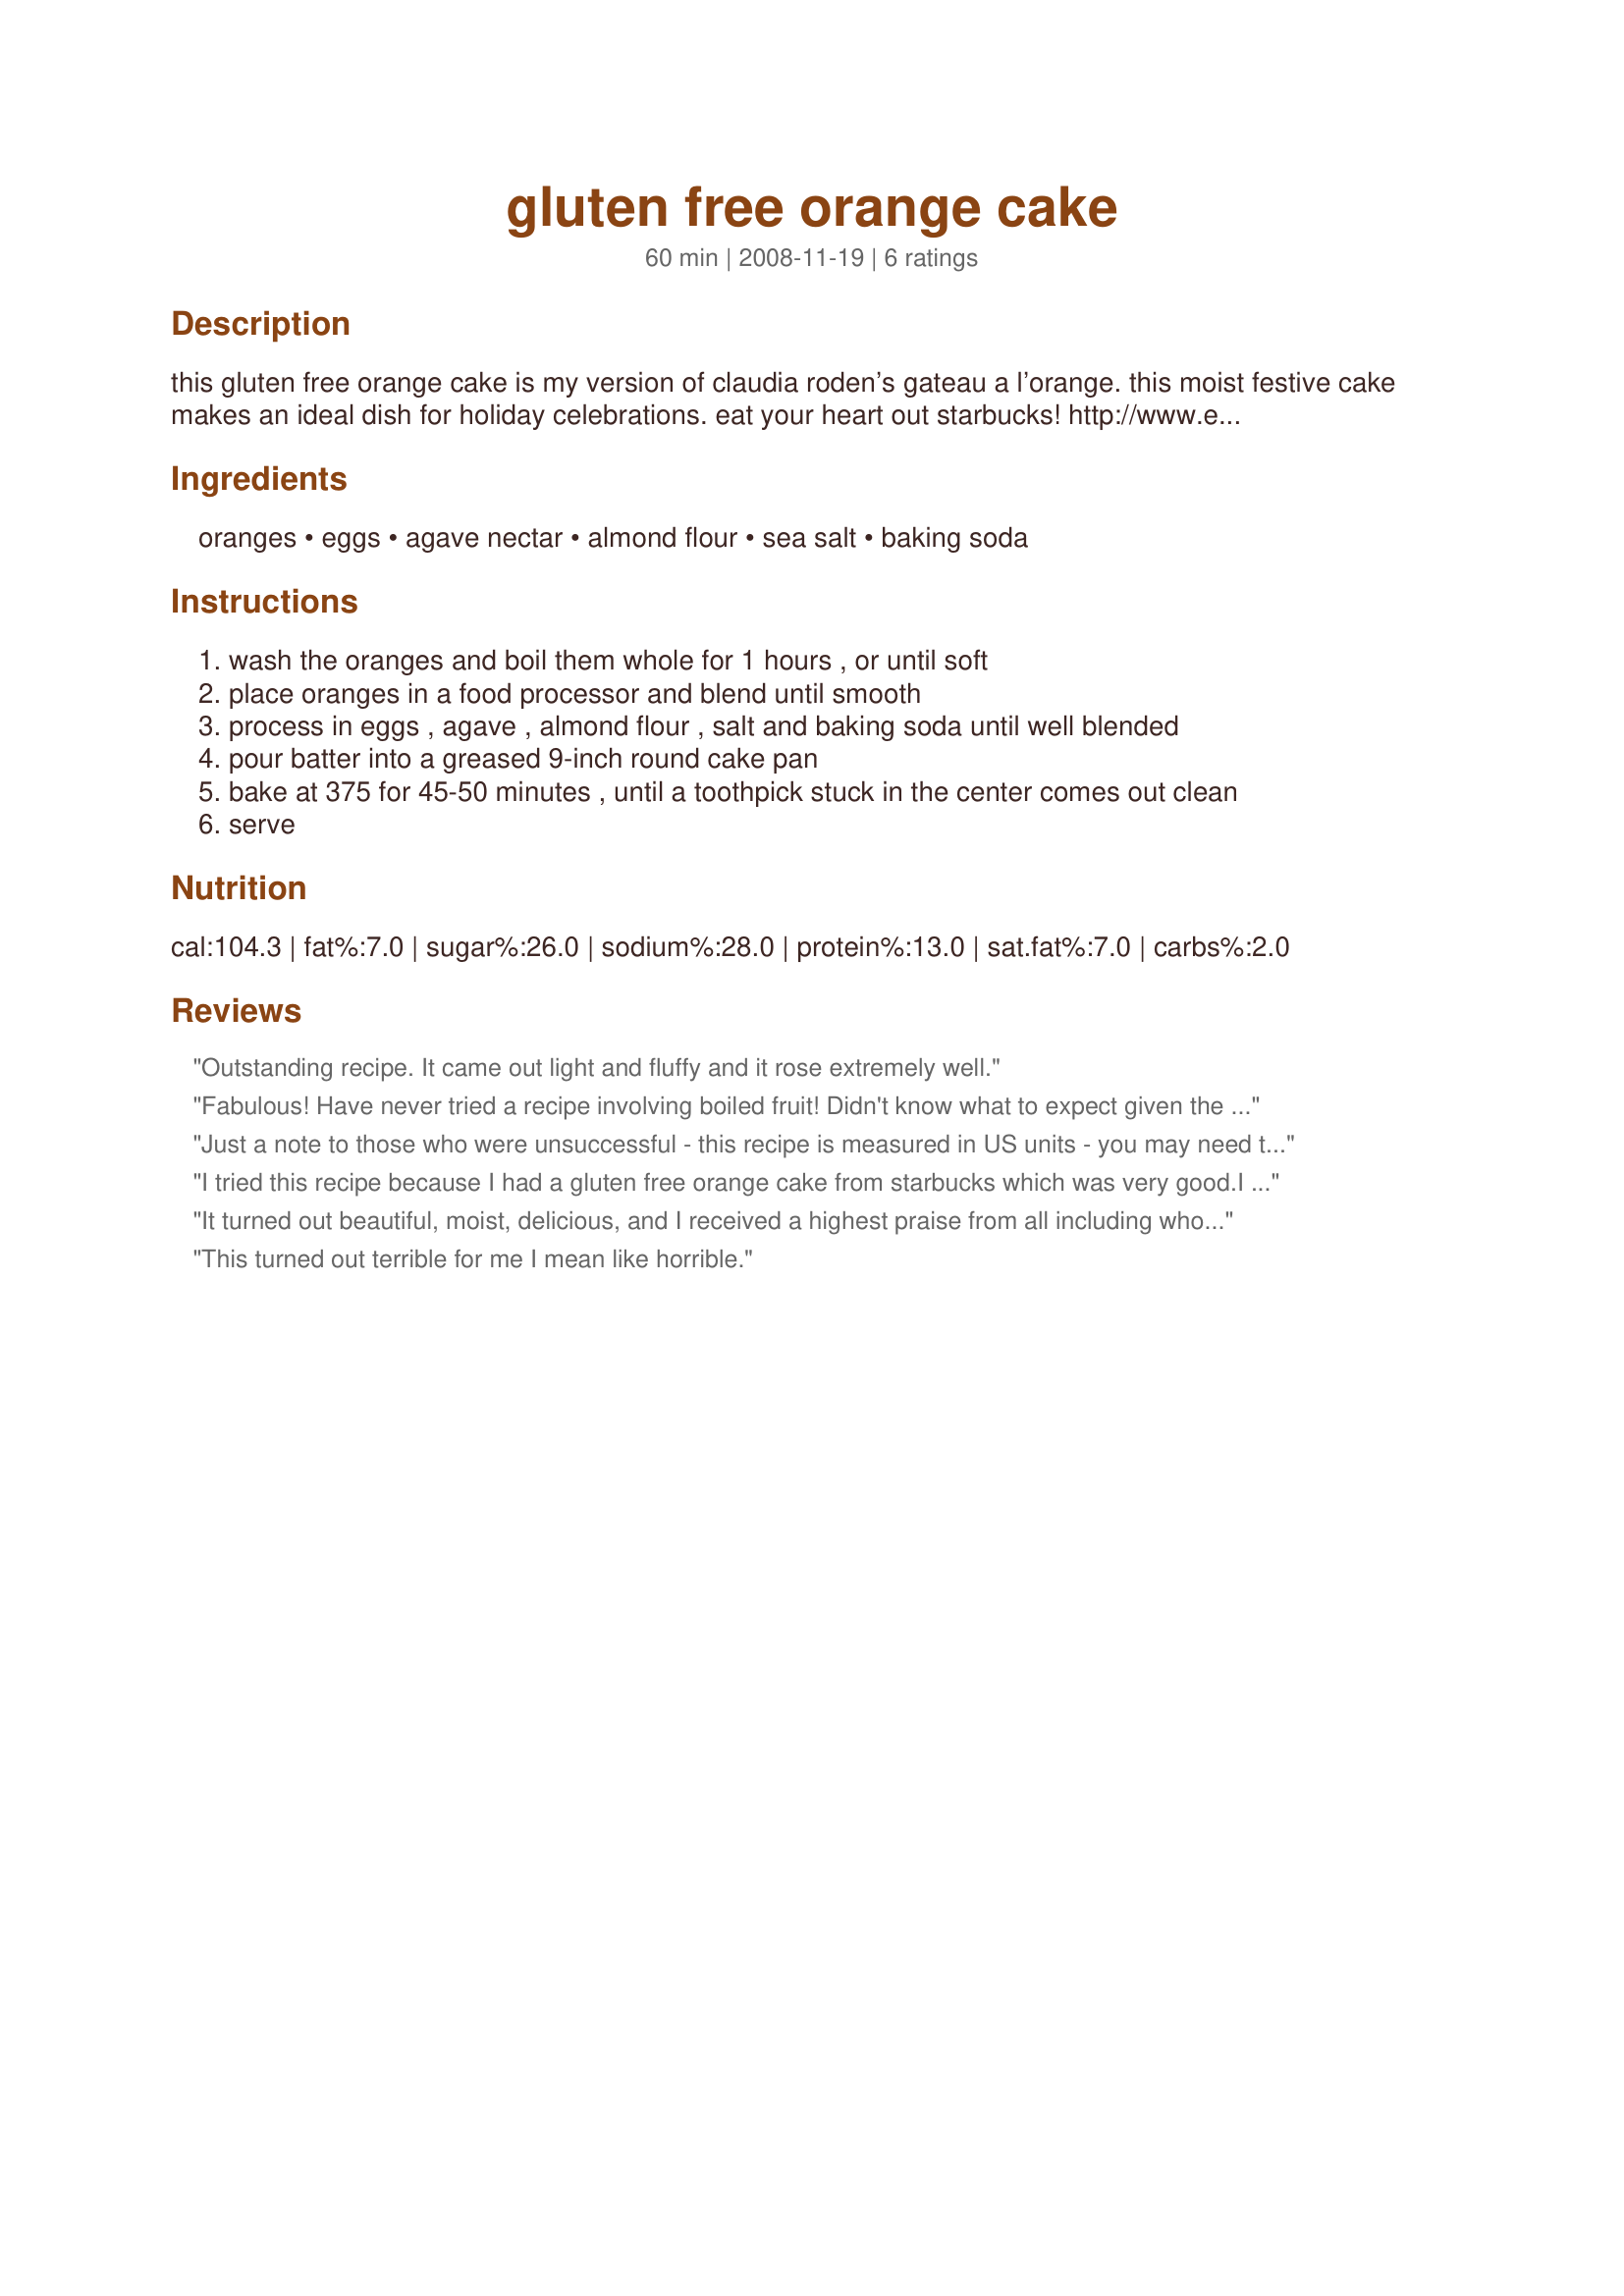
gluten free orange cake
Preparation time: 60 minutes

this gluten free orange cake is my version of claudia roden’s gateau a l’orange. this moist festive cake makes an ideal dish for holiday celebrations. eat your heart out starbucks!

http://www.elanaspantry.com/orange-cake/

Ingredients:
oranges, eggs, agave nectar, almond flour, sea salt, baking soda

Steps:
wash the oranges and boil them whole for 1 hours , or until soft
place oranges in a food processor and blend until smooth
process in eggs , agave , almond flour , salt and baking soda until well blended
pour batter into a greased 9-inch round cake pan
bake at 375 for 45-50 minutes , until a toothpick stuck in the center comes out clean
serve

Reviews:
Outstanding recipe. It came out light and fluffy and it rose extremely well.
Fabulous! Have never tried a recipe involving boiled fruit! Didn't know what to expect given the varied reviews, but for me it turned out beautifully. Don't judge on the flavour of the batter because the orange rind is overwhelming before it's baked. I always need gluten and sugar free recipes, so I'm thrilled to have this one now. Gluten free or not, this is just good. Hmmm..wonder if you could make this with lemon. ;) Thanks Elana.
Just a note to those who were unsuccessful - this recipe is measured in US units - you may need to convert to say Australian as I'm about to. Also orange size plays a part - a weight measurement for oranges might be helpful please.
I tried this recipe because I had a gluten free orange cake from starbucks which was very good.I followed the recipe all the way and my cake came out very wet. It was un-edible.
It turned out beautiful, moist, delicious, and I received a highest praise from all including who are not on GF diet.
This turned out terrible for me I mean like horrible.
